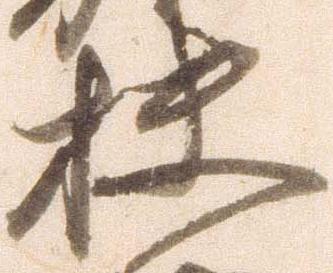
扶